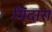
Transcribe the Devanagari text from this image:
मिंदारा